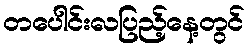
တပေါင်းလပြည့်နေ့တွင်